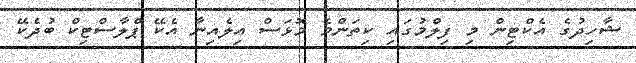
ޝާހިދުގެ އެކްޓިން މި ފިލްމުގައި ކިތަންމެ މޮޅަސް އިލެއިނާ އެކޭ ޕްލާސްޓިކް ބުދެކޭ